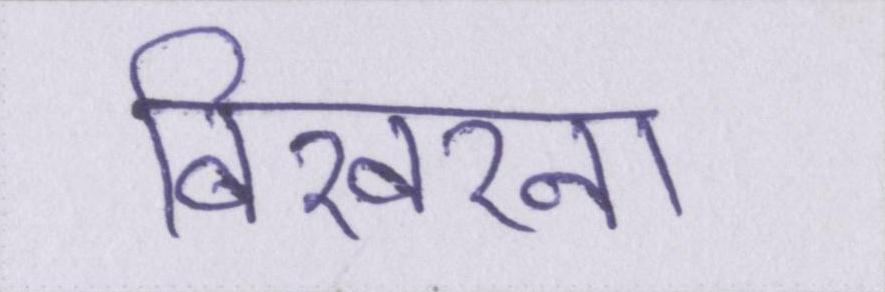
बिखरना